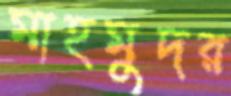
মাহমুদর